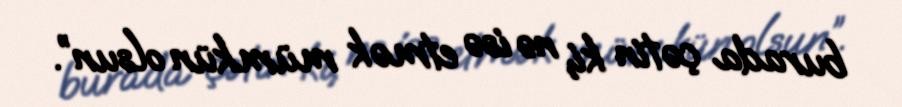
burada çətin ki, nə isə etmək mümkün olsun”.